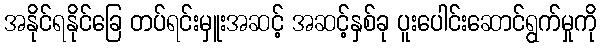
အနိုင်ရနိုင်ခြေ တပ်ရင်းမှူးအဆင့် အဆင့်နှစ်ခု ပူးပေါင်းဆောင်ရွက်မှုကို